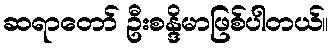
ဆရာတော် ဦးစန္ဒိမာဖြစ်ပါတယ်။